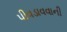
પીવડાવવાની